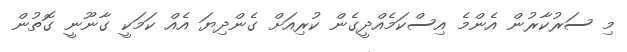
މި ސަރުކާރުން އެންމެ އިސްކަމެއްދީގެން ކުރިއަށް ގެންދިޔަ އެއް ކަމަކީ ގާނޫނީ ގޮތުން